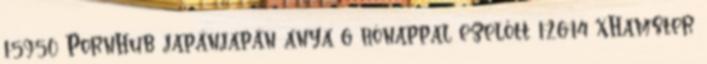
1:59:50 PornHub japánjapán anya 6 hónappal ezelőtt 1:26:14 xHamster